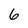
Character: 6